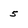
Character: 5